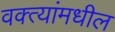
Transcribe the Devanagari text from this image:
वक्त्यांमधील